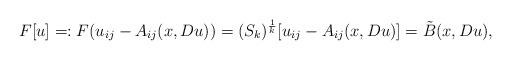
LaTeX: \begin{align*} F[u]=:F(u_{ij}-A_{ij}(x,Du))=(S_k)^{\frac{1}{k}}[u_{ij}-A_{ij}(x,Du)]=\tilde B(x,Du), \end{align*}